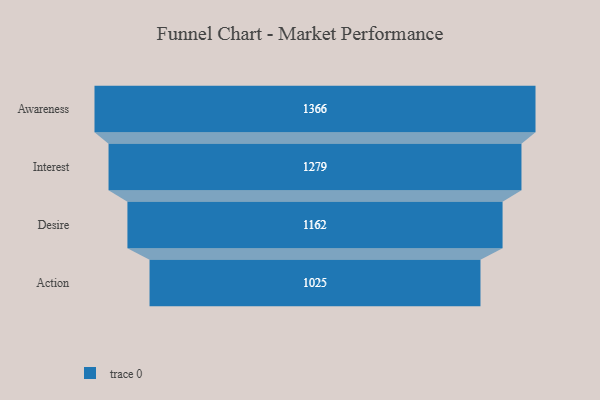
{"axis": {"x": "Stage", "y": "Value"}, "legend": [""], "data": [{"x": "Awareness", "y": 1366.0, "type": ""}, {"x": "Interest", "y": 1279.0, "type": ""}, {"x": "Desire", "y": 1162.0, "type": ""}, {"x": "Action", "y": 1025.0, "type": ""}]}